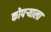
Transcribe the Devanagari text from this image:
कोपऱ्याला